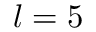
l = 5